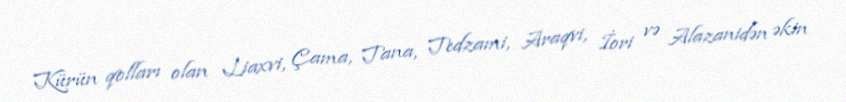
Kürün qolları olan Liaxvi, Çama, Tana, Tedzami, Araqvi, İori və Alazanidən əkin